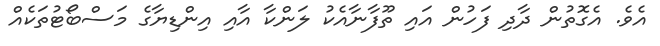
އެވެ. އެގޮތުން ދާދި ފަހުން އައި ތޫފާނާއެކު ލަންކާ އާއި އިންޑިޔާގެ މަސްބޯޓުތަކެއް